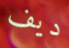
ديف